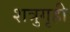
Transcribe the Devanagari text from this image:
शत्रुगृही